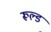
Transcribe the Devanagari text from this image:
रूल्ड